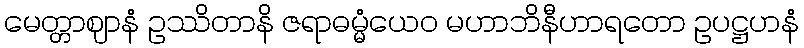
မေတ္တာဈာနံ ဥဿိတာနိ ဇရာဓမ္မံယေဝ မဟာဘိနီဟာရတော ဥပဋ္ဌဟနံ